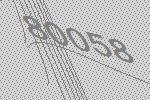
80058